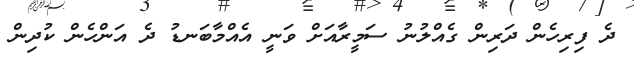
ދެ ފިރިހެން ދަރިން ގެއްލުނު ސަމީރާއަށް ވަނީ އެއްމާބަނޑު ދެ އަންހެން ކުދިން